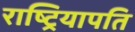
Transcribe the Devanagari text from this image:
राष्ट्रियापति